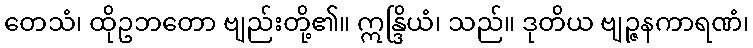
တေသံ၊ ထိုဥဘတော ဗျည်းတို့၏။ ဣန္ဒြိယံ၊ သည်။ ဒုတိယ ဗျဉ္ဇနကာရဏံ၊